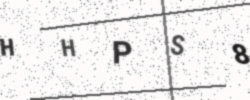
Text: HHPS8